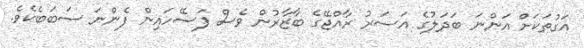
އަގުތަކަށް އަންނަ ބަދަލުގެ އަސަރު ރާއްޖޭގެ ބާޒާރުން ވެސް ފަސޭހައިން ފެންނަ ސަބަބެކެވެ.